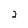
Character: 2